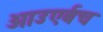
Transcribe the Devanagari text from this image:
आउएर्बच